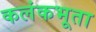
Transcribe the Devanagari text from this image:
कलंकभूता